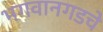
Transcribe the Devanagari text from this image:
भगवानगडचे